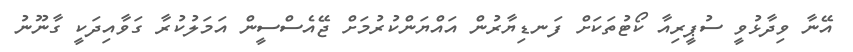
އޭނާ ވިދާޅުވީ ސުޕީރިއާ ކޯޓުތަކަށް ފަނޑިޔާރުން އައްޔަންކުރުމަށް ޖޭއެސްސީން އަމަލުކުރާ ގަވާއިދަކީ ގާނޫނު